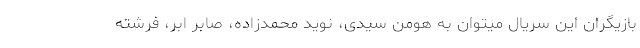
بازیگران این سریال میتوان به هومن سیدی، نوید محمدزاده، صابر ابر، فرشته